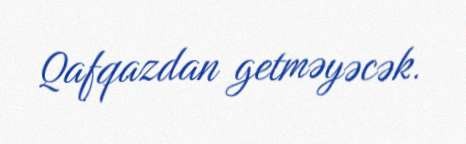
Qafqazdan getməyəcək.